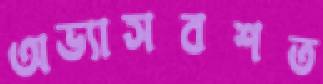
অভ্যাসবশত